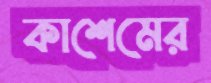
কাশেমের